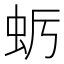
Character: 𮓺